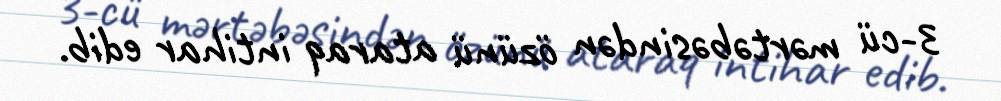
3-cü mərtəbəsindən özünü ataraq intihar edib.